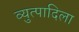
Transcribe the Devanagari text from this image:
व्युत्पादिला